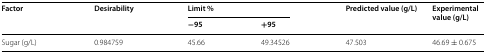
<table><thead><tr><td rowspan="2"><b>Factor</b></td><td rowspan="2"><b>Desirability</b></td><td colspan="2"><b>Limit %</b></td><td rowspan="2"><b>Predicted value (g/L)</b></td><td rowspan="2"><b>Experimental value (g/L)</b></td></tr><tr><td><b>−95</b></td><td><b>+95</b></td></tr></thead><tbody><tr><td>Sugar (g/L)</td><td>0.984759</td><td>45.66</td><td>49.34526</td><td>47.503</td><td>46.69 ± 0.675</td></tr></tbody></table>